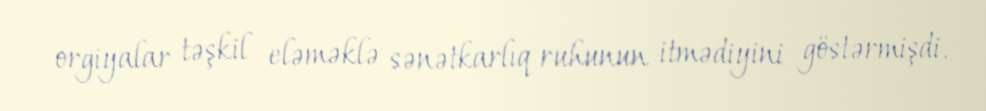
orgiyalar təşkil eləməklə sənətkarlıq ruhunun itmədiyini göstərmişdi.